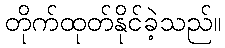
တိုက်ထုတ်နိုင်ခဲ့သည်။